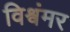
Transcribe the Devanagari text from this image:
विश्वंमर